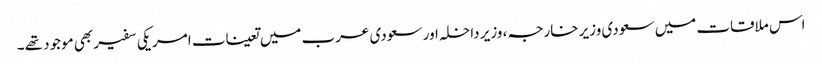
اس ملاقات میں سعودی وزیر خارجہ، وزیر داخلہ اور سعودی عرب میں تعینات امریکی سفیر بھی موجود تھے۔